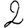
Digit: 2